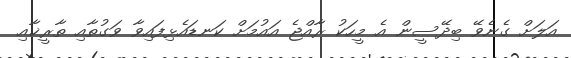
އަލަށް ގެނެވޭ ބިދޭސީން އެ މީހަކު ރާއްޖެ އައުމަށް ކަނޑައެޅިފައިވާ ވަގުތާއި ތާރީޚާއި